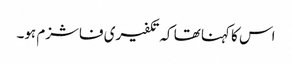
اس کا کہنا تھا کہ تکفیری فاشزم ہو۔